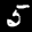
Label: 5